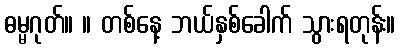
ဓမ္မဂုတ်။ ။ တစ်နေ့ ဘယ်နှစ်ခေါက် သွားရတုန်း။